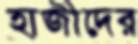
হাজীদের